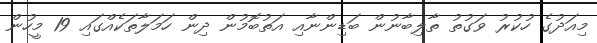
މިއަދުގެ ހުކުރު ވަގުތު ތާލިބާނުން ބަޑިންނާއި އަތުބޮމުން ދިން ހަމަލާތަކެއްގައި 19 މީހުން